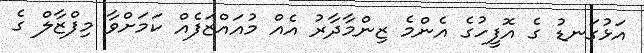
އަޅުގަނޑު ގެ އޮފީހުގެ އެންމެ ޒިންމާދާރު އެއް މުއައްޒަފެއް ކަމަށްވާ މިފްޒާލް ގެ